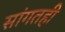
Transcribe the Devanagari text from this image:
सांगतही